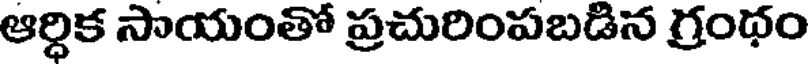
ఆర్ధిక సాయంతో ప్రచురింపబడిన గ్రంథం